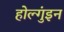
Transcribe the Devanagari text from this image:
होल्गुंइन